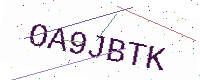
Text: OA9JBTK